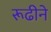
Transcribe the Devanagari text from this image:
रूढीने